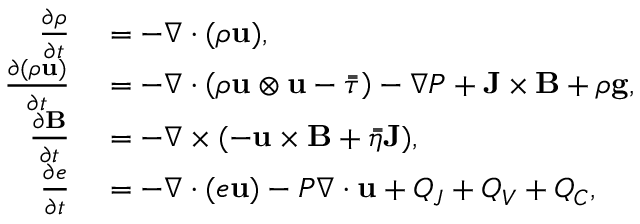
\begin{array} { r l } { \frac { \partial \rho } { \partial t } } & { { } = - \nabla \cdot ( \rho \mathbf { u } ) , } \\ { \frac { \partial ( \rho \mathbf { u } ) } { \partial t } } & { { } = - \nabla \cdot \left( \rho \mathbf { u } \otimes \mathbf { u } - \bar { \bar { \tau } } \right) - \nabla P + \mathbf { J } \times \mathbf { B } + \rho \mathbf { g } , } \\ { \frac { \partial \mathbf { B } } { \partial t } } & { { } = - \nabla \times ( - \mathbf { u } \times \mathbf { B } + \bar { \bar { \eta } } \mathbf { J } ) , } \\ { \frac { \partial e } { \partial t } } & { { } = - \nabla \cdot ( e \mathbf { u } ) - P \nabla \cdot \mathbf { u } + Q _ { J } + Q _ { V } + Q _ { C } , } \end{array}